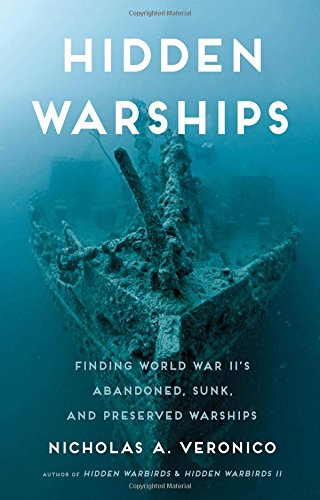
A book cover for Hidden Warships: Finding World War II's Abandoned, Sunk, and Preserved Warships; Nicholas A. Veronico; Engineering & Transportation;